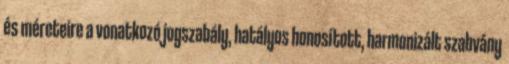
és méreteire a vonatkozó jogszabály, hatályos honosított, harmonizált szabvány